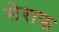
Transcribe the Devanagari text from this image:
सेराफ